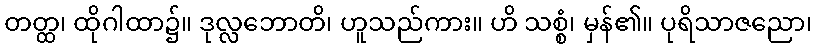
တတ္ထ၊ ထိုဂါထာ၌။ ဒုလ္လဘောတိ၊ ဟူသည်ကား။ ဟိ သစ္စံ၊ မှန်၏။ ပုရိသာဇညော၊